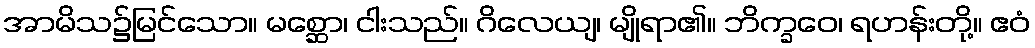
အာမိသ၌မြင်သော။ မစ္ဆော၊ ငါးသည်။ ဂိလေယျ၊ မျိုရာ၏။ ဘိက္ခဝေ၊ ရဟန်းတို့။ ဧဝံ